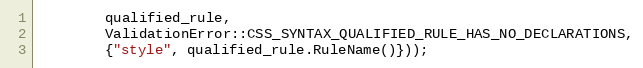
Language: C++
        qualified_rule,
        ValidationError::CSS_SYNTAX_QUALIFIED_RULE_HAS_NO_DECLARATIONS,
        {"style", qualified_rule.RuleName()}));